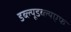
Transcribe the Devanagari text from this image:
डब्ल्यूडब्ल्यएफ